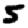
Digit: 5